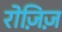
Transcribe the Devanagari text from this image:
रोज़िज़